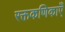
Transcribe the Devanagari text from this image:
रक्तकणिकाएँ